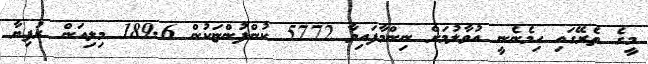
މީގެ ތެރޭގައި ހިމެނެނީ އުވާލުމަށް ނިންމާފައިވާ 5772 ކުންފުންޏަކުން 189.6 މިލިއަން ރުފިޔާ